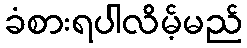
ခံစားရပါလိမ့်မည်